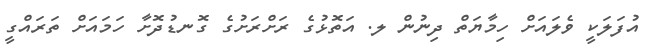
އުފަލަކީ ވެލައަށް ހިމާޔަތް ދިނުން ލ. އަތޮޅުގެ ރަށްރަށުގެ ގޮނޑުދޮށާ ހަމައަށް ތަރައްގީ